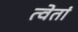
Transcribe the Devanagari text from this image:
त्वेतां